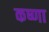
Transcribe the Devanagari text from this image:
कष्णा